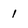
Character: 1